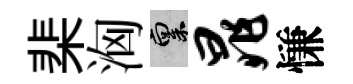
棐洶禀晁慊